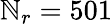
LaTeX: \mathbb{N}_{r}=501